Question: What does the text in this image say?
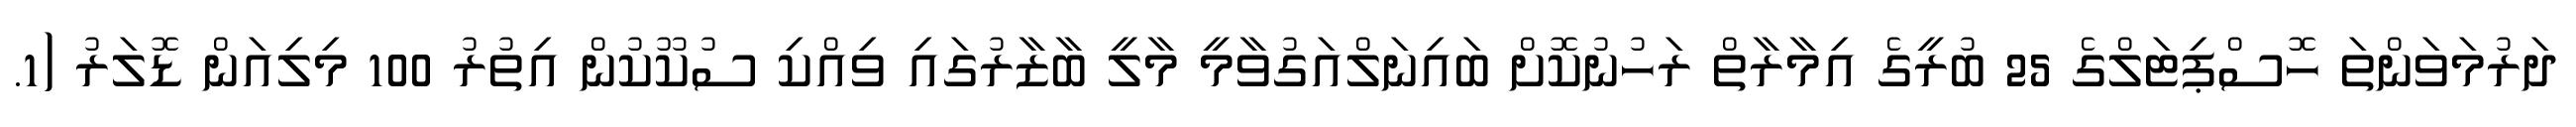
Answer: ދަރުމަވަންތަ ހޮސްޕިޓަލްގެ 25 ބުރީގެ އިމާރާތް ރަހުނުކޮށް ބައިނަލްއަގުވާމީ މާލީ ބާޒާރުގައި ވިއްކި ސުކޫކުން އިތުރު 100 މިލިއަން ޑޮލަރު (1.